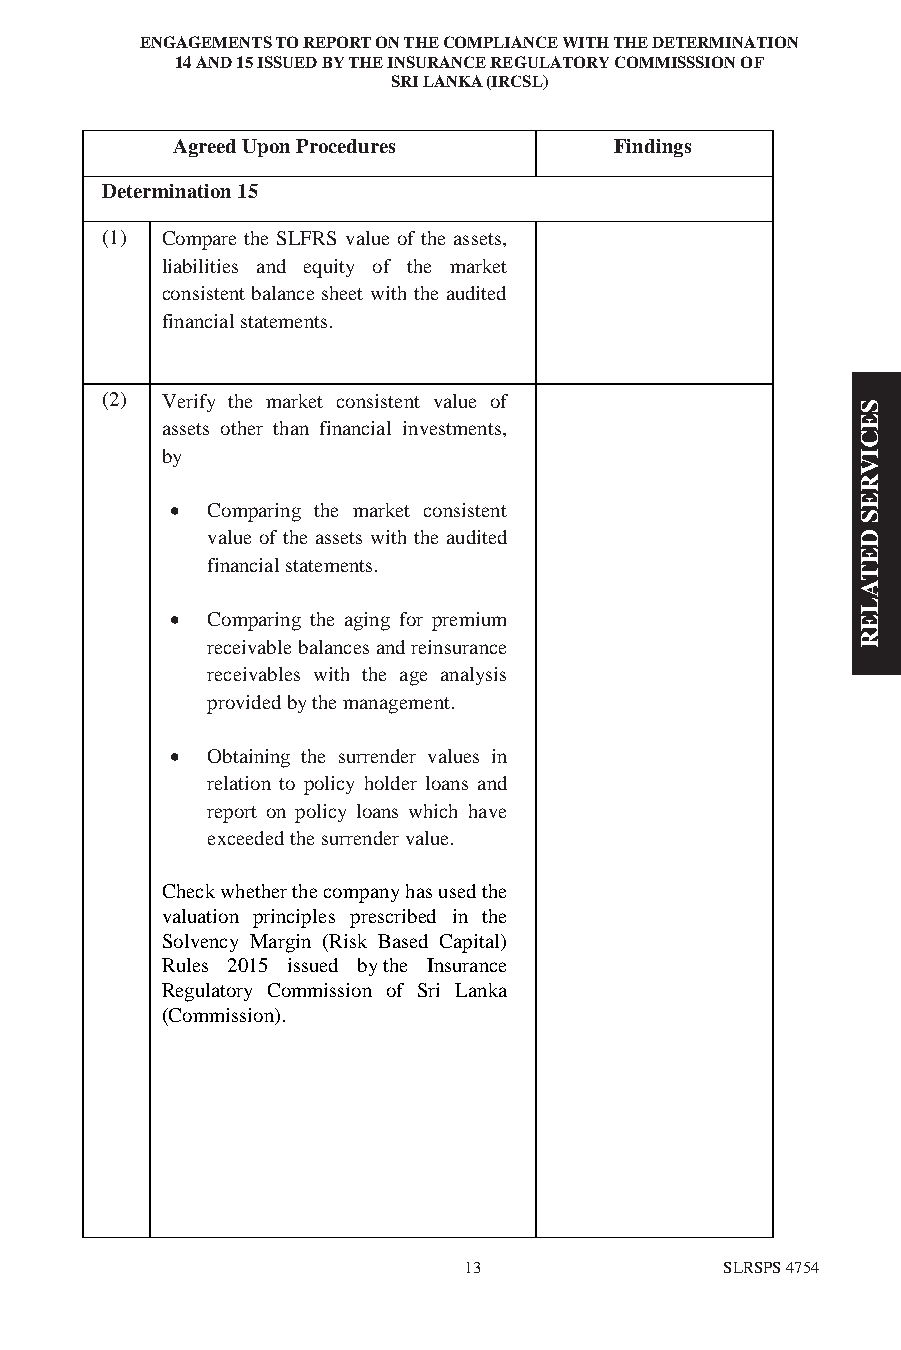
ENGAGEMENTS TO REPORT ON THE COMPLIANCE WITH THE DETERMINATION
 14 AND 15 ISSUED BY THE INSURANCE REGULATORY COMMISSSION OF
 SRI LANKA (IRCSL)
 Agreed Upon Procedures        Findings
 Determination 15
 (1) Compare the SLFRS value of the assets,
 liabilities and equity of the market
 consistent balance sheet with the audited
 financial statements.
 (2) Verify the market consistent value of
 S
 assets other than financial investments,      E
 C
 by                                            I
 V
 R
 E
   Comparing the market consistent
 S
 value of the assets with the audited       D
 E
 financial statements.
 T
 A
 L
   Comparing the aging for premium            E
 R
 receivable balances and reinsurance
 receivables with the age analysis
 provided by the management.
   Obtaining the surrender values in
 relation to policy holder loans and
 report on policy loans which have
 exceeded the surrender value.
 Check whether the company has used the
 valuation principles prescribed in the
 Solvency Margin (Risk Based Capital)
 Rules 2015 issued by the Insurance
 Regulatory Commission of Sri Lanka
 (Commission).
 13               SLRSPS 4754